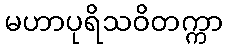
မဟာပုရိသဝိတက္ကာ